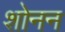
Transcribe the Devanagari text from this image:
शोनन